Document type: Sale
Year: 1423
Scribe: Joan Franc
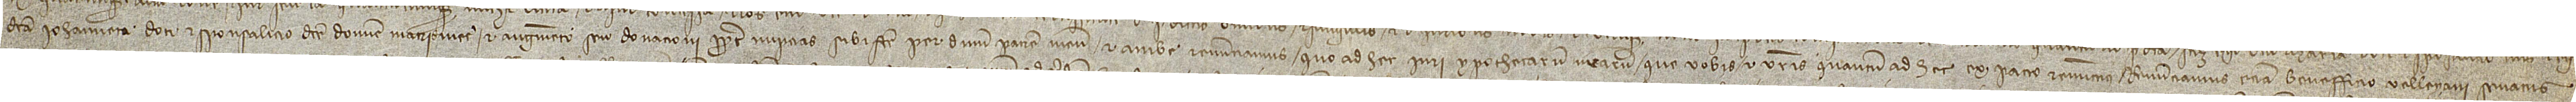
dicta Iohanneta doti et sponsalicio dicte domine matris mee et augmento seu donacioni propter nupcias sibi facte per dictum patrem meum; et ambe renunciamus quo ad hec iuri ypothecarum mearum que vobis et vestris quantum ad hec ex pacto remittimus. Renunciamus etiam benefficio Valleyani senatus